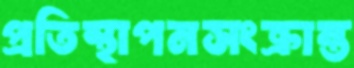
প্রতিস্থাপনসংক্রান্ত